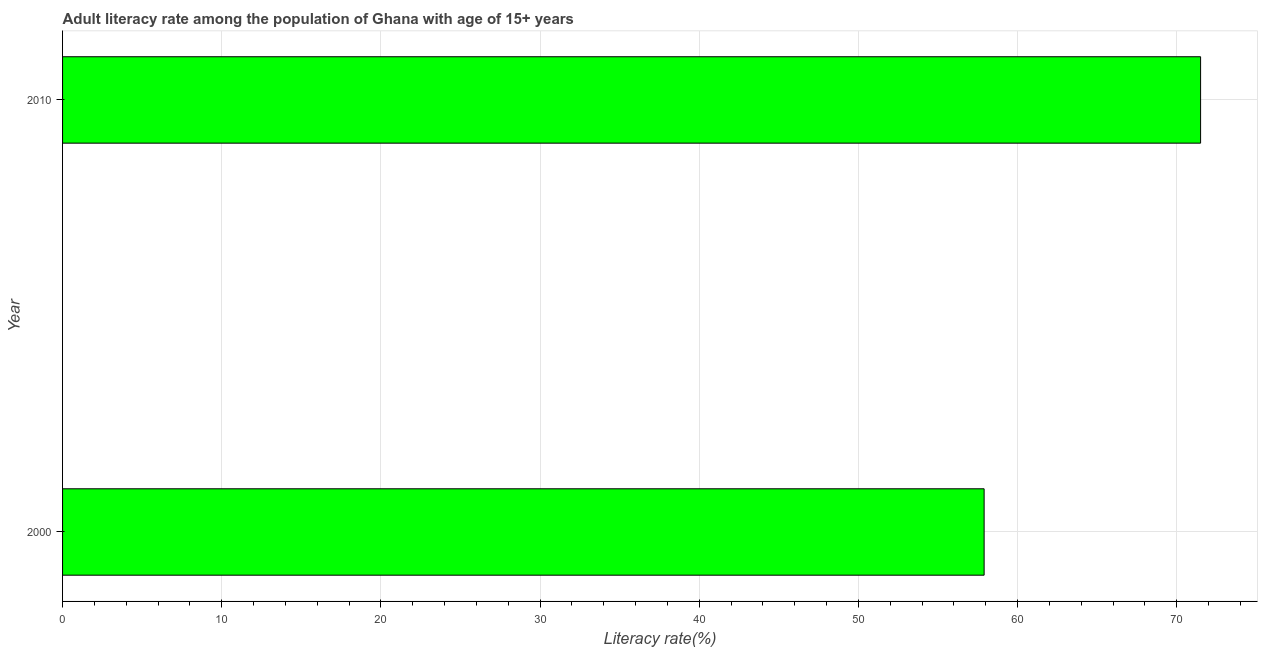
| Year | Adult literacy rate |
 | --- | --- |
 | 2000 | 57.9 |
 | 2010 | 71.5 |